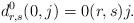
LaTeX: \begin{align*}d^0_{r,s}(0,j)=0(r,s)j.\end{align*}